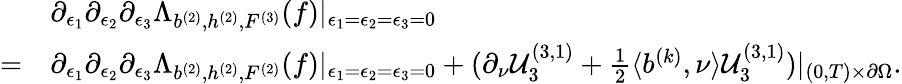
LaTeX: \begin{array}{rl}&{\partial_{\epsilon_{1}}\partial_{\epsilon_{2}}\partial_{\epsilon_{3}}{\Lambda}_{b^{(2)},h^{(2)},F^{(3)}}(f)|_{\epsilon_{1}=\epsilon_{2}=\epsilon_{3}=0}}\\ {=}&{\partial_{\epsilon_{1}}\partial_{\epsilon_{2}}\partial_{\epsilon_{3}}\Lambda_{b^{(2)},h^{(2)},F^{(2)}}(f)|_{\epsilon_{1}=\epsilon_{2}=\epsilon_{3}=0}+(\partial_{\nu}\mathcal{U}_{3}^{(3,1)}+\frac{1}{2}\langle b^{(k)},\nu\rangle\mathcal{U}_{3}^{(3,1)})|_{(0,T)\times\partial\Omega}.}\end{array}